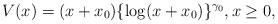
LaTeX: \begin{align*}V(x) = (x + x_0) \{\log (x + x_0)\}^{\gamma_0},x \ge 0,\end{align*}